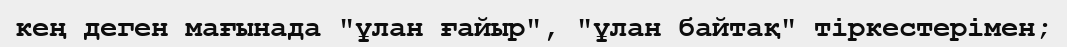
кең деген мағынада "ұлан ғайыр", "ұлан байтақ" тіркестерімен;